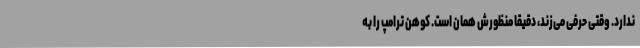
ندارد. وقتی حرفی می‌زند، دقیقاً منظورش همان است. کوهن ترامپ را به